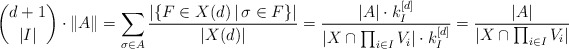
\begin{align*} {d+1 \choose |I|} \cdot \|A\| = \sum_{\sigma \in A} \frac{|\{F \in X(d)\,|\,\sigma \in F\}|}{|X(d)|}= \frac{|A| \cdot k_I^{[d]}}{|X \cap \prod_{i \in I} V_i|\cdot k_I^{[d]} } = \frac{|A| }{|X \cap \prod_{i \in I} V_i|}\end{align*}